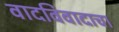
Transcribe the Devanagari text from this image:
वादविवादाचा